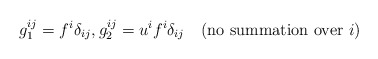
\begin{align*}g_1^{ij} = f^i\delta_{ij} , g_2^{ij} = u^i f^i \delta_{ij} \quad\mbox{(no summation over $i$)}\end{align*}